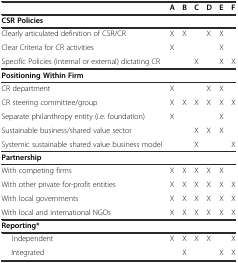
<table><thead><tr><td></td><td><b>A</b></td><td><b>B</b></td><td><b>C</b></td><td><b>D</b></td><td><b>E</b></td><td><b>F</b></td></tr></thead><tbody><tr><td colspan="7"><b>CSR Policies</b></td></tr><tr><td>Clearly articulated definition of CSR/CR</td><td>X</td><td>X</td><td></td><td>X</td><td>X</td><td></td></tr><tr><td>Clear Criteria for CR activities</td><td>X</td><td></td><td></td><td></td><td>X</td><td></td></tr><tr><td>Specific Policies (internal or external) dictating CR</td><td></td><td></td><td>X</td><td></td><td>X</td><td>X</td></tr><tr><td colspan="7"><b>Positioning Within Firm</b></td></tr><tr><td>CR department</td><td>X</td><td></td><td></td><td>X</td><td>X</td><td></td></tr><tr><td>CR steering committee/group</td><td>X</td><td>X</td><td>X</td><td>X</td><td>X</td><td>X</td></tr><tr><td>Separate philanthropy entity (i.e. foundation)</td><td>X</td><td></td><td></td><td></td><td>X</td><td></td></tr><tr><td>Sustainable business/shared value sector</td><td></td><td></td><td>X</td><td>X</td><td>X</td><td></td></tr><tr><td>Systemic sustainable shared value business model</td><td></td><td></td><td>X</td><td></td><td></td><td>X</td></tr><tr><td colspan="7"><b>Partnership</b></td></tr><tr><td>With competing firms</td><td>X</td><td>X</td><td>X</td><td>X</td><td>X</td><td></td></tr><tr><td>With other private for-profit entities</td><td>X</td><td>X</td><td>X</td><td>X</td><td>X</td><td>X</td></tr><tr><td>With local governments</td><td>X</td><td>X</td><td>X</td><td>X</td><td>X</td><td>X</td></tr><tr><td>With local and international NGOs</td><td>X</td><td>X</td><td>X</td><td>X</td><td>X</td><td>X</td></tr><tr><td colspan="7"><b>Reporting*</b></td></tr><tr><td>Independent</td><td>X</td><td>X</td><td>X</td><td>X</td><td></td><td>X</td></tr><tr><td>Integrated</td><td></td><td>X</td><td></td><td></td><td>X</td><td>X</td></tr></tbody></table>